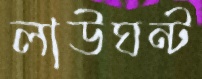
লাউঘন্ট